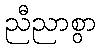
ညီညာစွာ